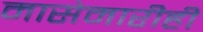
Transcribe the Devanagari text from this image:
मासेमारीही